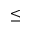
\leq